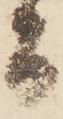
而